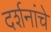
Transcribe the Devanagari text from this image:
दर्शनांचे